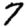
Digit: 7